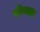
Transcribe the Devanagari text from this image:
रोयड़ा